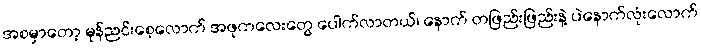
အစမှာတော့ မုန်ညင်းစေ့လောက် အဖုကလေးတွေ ပေါက်လာတယ်၊ နောက် တဖြည်းဖြည်းနဲ့ ပဲနောက်လုံးလောက်